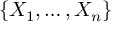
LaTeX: \{ X _ { 1 } , \ldots , X _ { n } \}